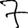
Digit: 7